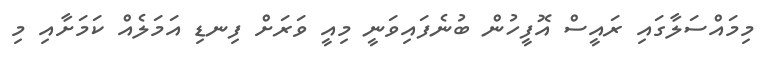
މިމައްސަލާގައި ރައީސް އޮފީހުން ބުނެފައިވަނީ މިއީ ވަރަށް ފިނޑި އަމަލެއް ކަމަށާއި މި